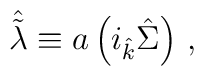
\hat{\tilde{\lambda}}\equiv a\left(i_{\hat{k}}\hat{\Sigma}\right)\, ,